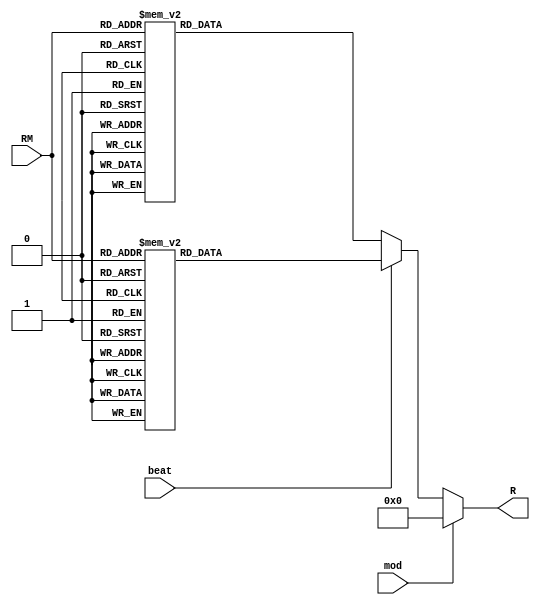
module ModRM2R(RM,mod,beat,R);
input [2:0]RM;
input mod,beat;
output reg [15:0]R;
always @ (RM or beat or mod)
if(mod) R=16'b0000000000000000;
else if(beat)
	begin
		case(RM)
			3'b000:R=16'b0000000100000000;
			3'b001:R=16'b0000000100000000;
			3'b010:R=16'b0000000000010000;
			3'b011:R=16'b0000000000010000;
			3'b100:R=16'b0000000000000100;
			3'b101:R=16'b0000000000000001;
			3'b110:R=16'b0000000000010000;
			3'b111:R=16'b0000000100000000;
		default:R=16'b000000000000000;
		endcase
	end
else
		begin
		case(RM)
			3'b000:R=16'b0000000000000100;
			3'b001:R=16'b0000000000000001;
			3'b010:R=16'b0000000000000100;
			3'b011:R=16'b0000000000000001;
			3'b100:R=16'b0000000000000100;
			3'b101:R=16'b0000000000000001;
			3'b110:R=16'b0000000000010000;
			3'b111:R=16'b0000000100000000;
		default:R=16'b000000000000000;
		endcase
	end

endmodule